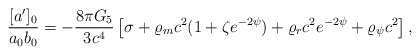
\begin{align*}{{[a^{\prime}]_0}\over{a_0b_0}}=-{{8\pi G_5}\over{3c^4}}\left[\sigma+\varrho_mc^2(1+\zeta e^{-2\psi})+\varrho_rc^2e^{-2\psi}+\varrho_{\psi}c^2\right],\end{align*}